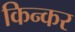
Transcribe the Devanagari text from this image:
किन्कर